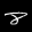
Label: 8